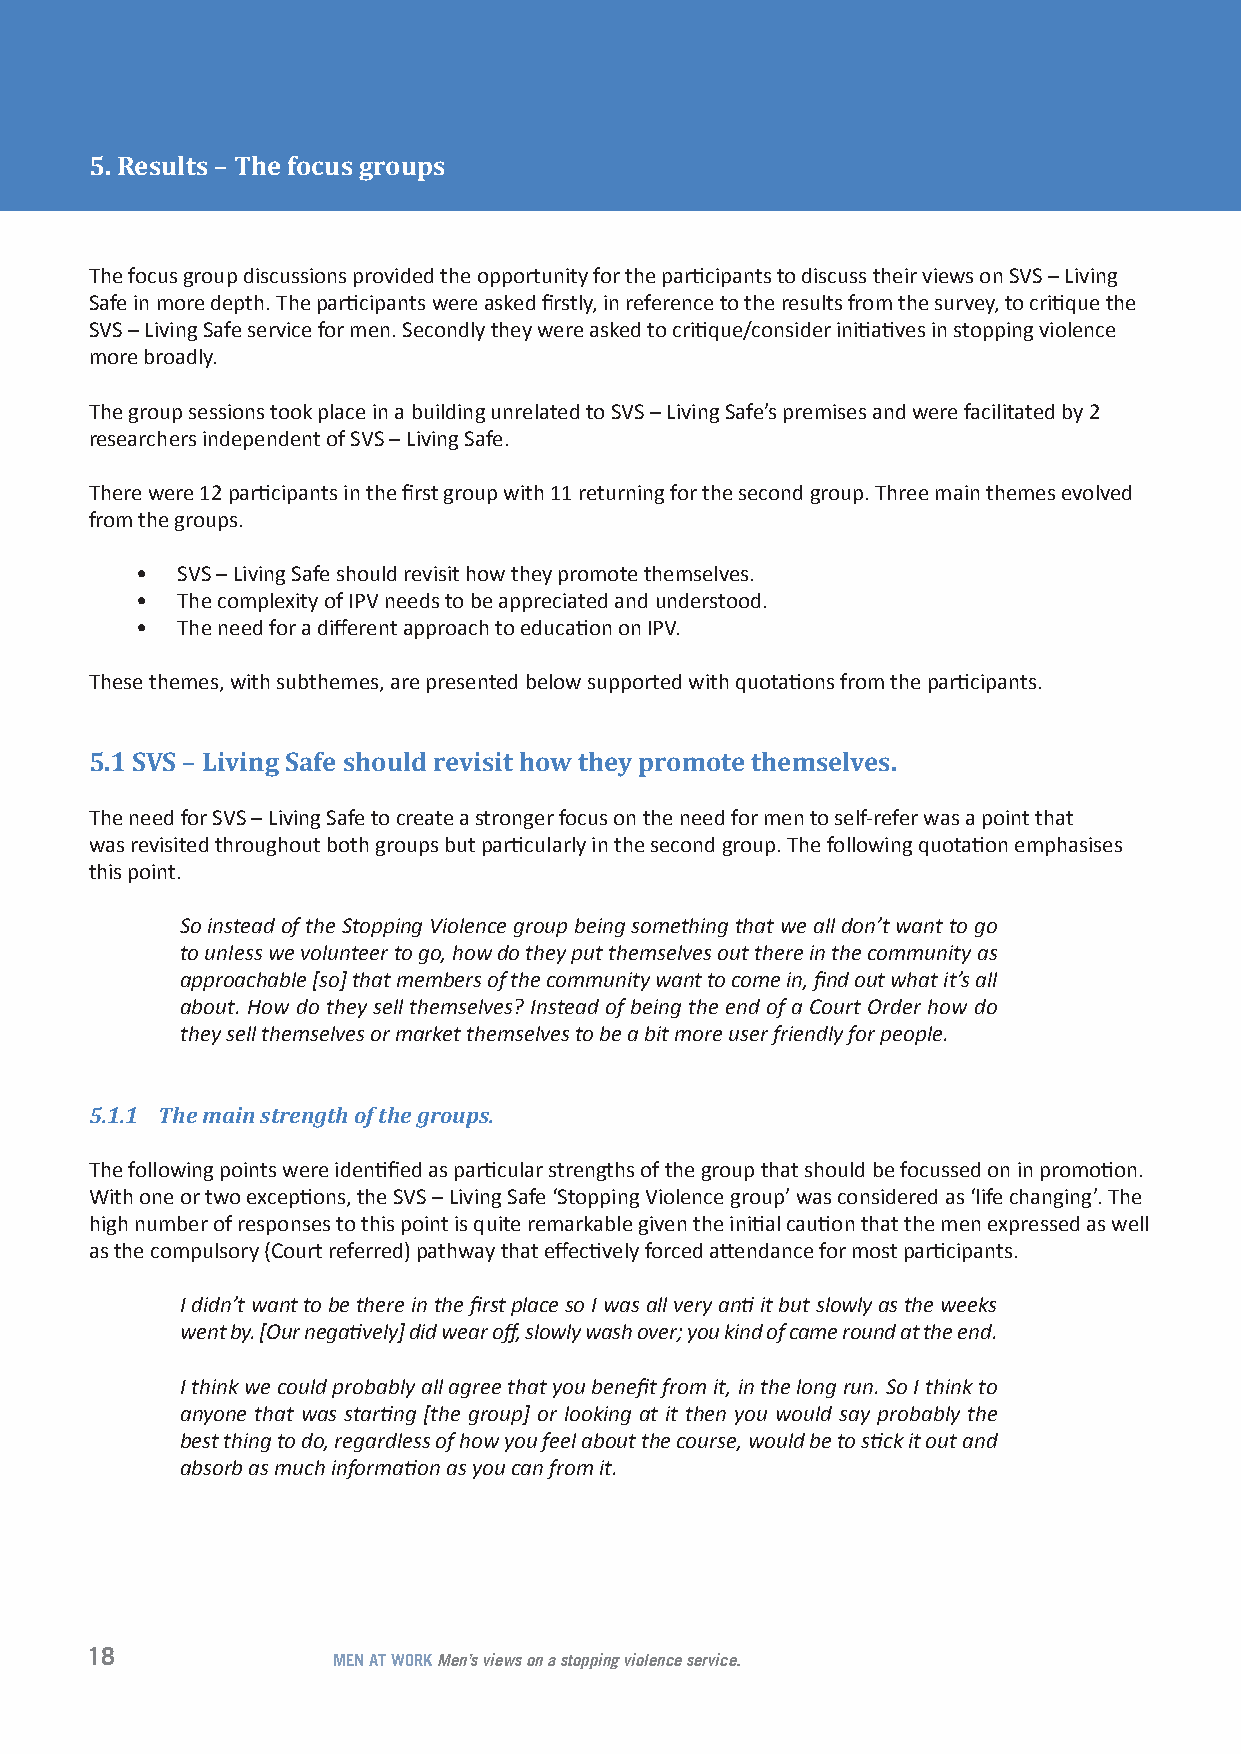
5. Results – The focus groups
 The focus group discussions provided the opportunity for the participants to discuss their views on SVS – Living
 Safe in more depth. The participants were asked firstly, in reference to the results from the survey, to critique the
 SVS – Living Safe service for men. Secondly they were asked to critique/consider initiatives in stopping violence
 more broadly.
 The group sessions took place in a building unrelated to SVS – Living Safe’s premises and were facilitated by 2
 researchers independent of SVS – Living Safe.
 There were 12 participants in the first group with 11 returning for the second group. Three main themes evolved
 from the groups.
 •  SVS – Living Safe should revisit how they promote themselves.
 •  The complexity of IPV needs to be appreciated and understood.
 •  The need for a different approach to education on IPV.
 These themes, with subthemes, are presented below supported with quotations from the participants.
 5.1 SVS – Living Safe should revisit how they promote themselves.
 The need for SVS – Living Safe to create a stronger focus on the need for men to self-refer was a point that
 was revisited throughout both groups but particularly in the second group. The following quotation emphasises
 this point.
 So instead of the Stopping Violence group being something that we all don’t want to go
 to unless we volunteer to go, how do they put themselves out there in the community as
 approachable [so] that members of the community want to come in, find out what it’s all
 about. How do they sell themselves? Instead of being the end of a Court Order how do
 they sell themselves or market themselves to be a bit more user friendly for people.
 5.1.1 The main strength of the groups.
 The following points were identified as particular strengths of the group that should be focussed on in promotion.
 With one or two exceptions, the SVS – Living Safe ‘Stopping Violence group’ was considered as ‘life changing’. The
 high number of responses to this point is quite remarkable given the initial caution that the men expressed as well
 as the compulsory (Court referred) pathway that effectively forced attendance for most participants.
 I didn’t want to be there in the first place so I was all very anti it but slowly as the weeks
 went by. [Our negatively] did wear off, slowly wash over; you kind of came round at the end.
 I think we could probably all agree that you benefit from it, in the long run. So I think to
 anyone that was starting [the group] or looking at it then you would say probably the
 best thing to do, regardless of how you feel about the course, would be to stick it out and
 absorb as much information as you can from it.
 18
 MEN AT WORK Men’s views on a stopping violence service.